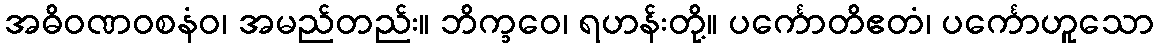
အဓိဝဏဝစနံဝ၊ အမည်တည်း။ ဘိက္ခဝေ၊ ရဟန်းတို့။ ပင်္ကောတိဧတံ၊ ပင်္ကောဟူသော